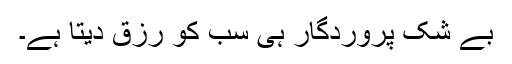
بے شک پروردگار ہی سب کو رزق دیتا ہے۔